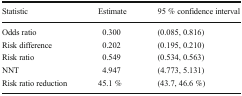
| Statistic | Estimate | 95 % confidence interval |
 | --- | --- | --- |
 | Odds ratio | 0.300 | (0.085, 0.816) |
 | Risk difference | 0.202 | (0.195, 0.210) |
 | Risk ratio | 0.549 | (0.534, 0.563) |
 | NNT | 4.947 | (4.773, 5.131) |
 | Risk ratio reduction | 45.1 % | (43.7, 46.6 %) |